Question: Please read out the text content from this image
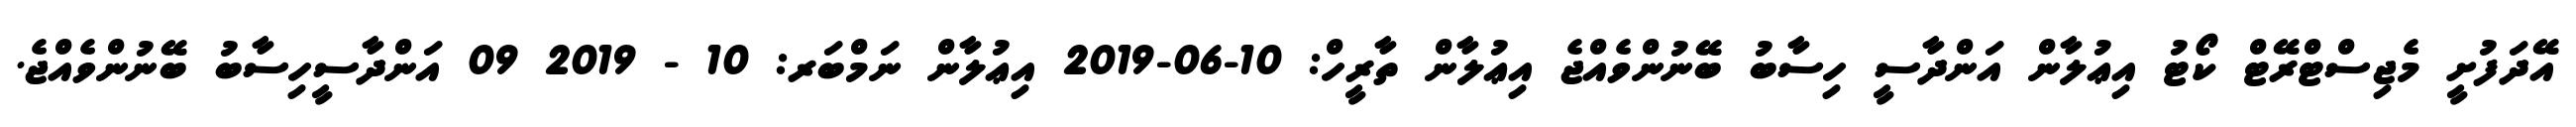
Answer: އޭދަފުށީ މެޖިސްޓްރޭޓް ކޯޓު އިޢުލާން އަންދާސީ ހިސާބު ބޭނުންވެއްޖެ އިޢުލާން ތާރީހް: 10-06-2019 އިޢުލާން ނަމްބަރ: 10 - 2019 09 އަންދާސީހިސާބު ބޭނުންވެއްޖެ.